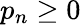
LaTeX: p_{n}\geq 0